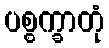
ပစ္စက္ခာတုံ